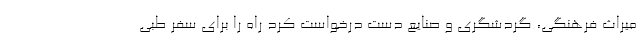
میراث فرهنگی، گردشگری و صنایع دست درخواست کرد راه را برای سفر طبی